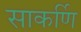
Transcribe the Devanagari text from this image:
साकर्णि